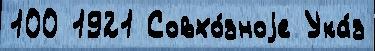
100 1921 Совхо́зноjе Ука́з